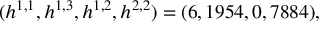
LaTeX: ( h ^ { 1 , 1 } , h ^ { 1 , 3 } , h ^ { 1 , 2 } , h ^ { 2 , 2 } ) = ( 6 , 1 9 5 4 , 0 , 7 8 8 4 ) , \quad